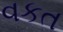
વકત